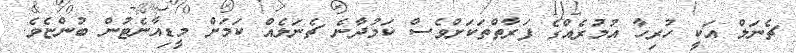
ޗެނަލް އަކީ ހުރިހާ އުމުރެއްގެ ފަރާތްތަކަށްވެސް ކަމުދާނެ ޗެނަލެއް ކަމަށް މީޑިއާނެޓުން ބުންޏެވެ.